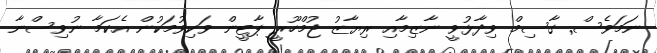
ނަމަވެސް